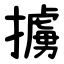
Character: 擄